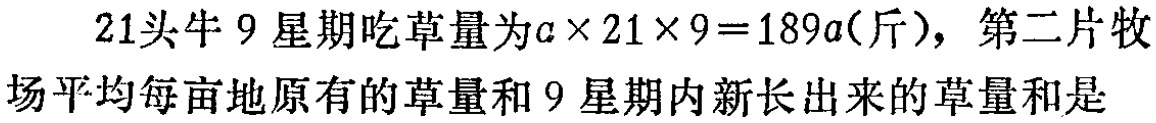
$21头牛\ 9\ 星期吃草量为a\times 21\times 9 = 189a(斤)，第二片牧\\场平均每亩地原有的草量和\ 9\ 星期内新长出来的草量和是$